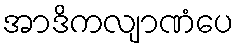
အာဒိကလျာဏံပေ